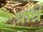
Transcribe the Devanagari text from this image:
प्रार्न्न